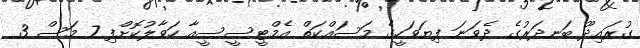
ގުރައިދޫ ބަނދަރުގެ ދެވަނަ ފިޔަވަހީގެ މަސައްކަތް އެމްޓީސީސީއާ ހަވާލުކޮށްފި 7 މަސް 3